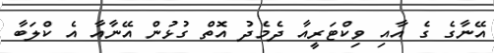
އޭނާގެ ގެ އާއި ވިކްޓަރީއާ ދެމެދު އޮތް ގުޅުން އޭނާއާ އެ ކްލަބާ